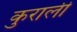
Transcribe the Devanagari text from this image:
कुराली